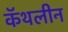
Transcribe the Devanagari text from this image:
कॅथलीन